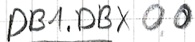
Text: DB1.DBX0.0